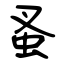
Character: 蚤